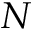
N